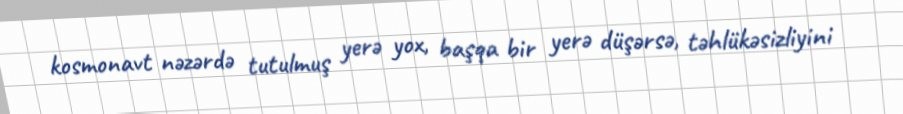
kosmonavt nəzərdə tutulmuş yerə yox, başqa bir yerə düşərsə, təhlükəsizliyini